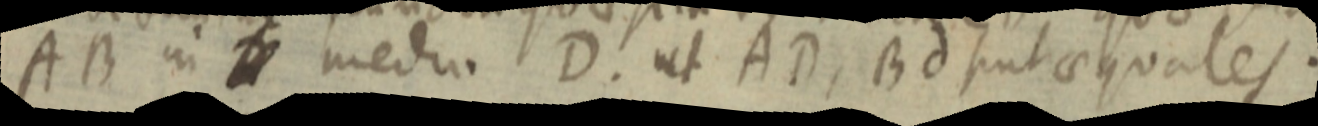
AB in _ medio D. ut AD, Bd suit aequales.